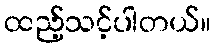
ထည့်သင့်ပါတယ်။